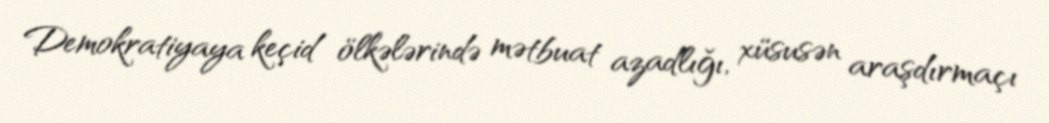
Demokratiyaya keçid ölkələrində mətbuat azadlığı, xüsusən araşdırmaçı